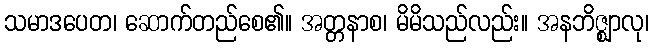
သမာဒပေတ၊ ဆောက်တည်စေ၏။ အတ္တနာစ၊ မိမိသည်လည်း။ အနဘိဇ္ဈာလု၊